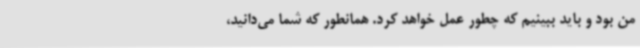
من بود و باید ببینیم که چطور عمل خواهد کرد. همانطور که شما می‌دانید،